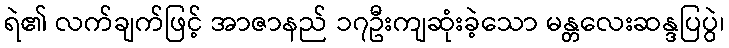
ရဲ၏ လက်ချက်ဖြင့် အာဇာနည် ၁၇ဦးကျဆုံးခဲ့သော မန္တလေးဆန္ဒပြပွဲ၊